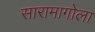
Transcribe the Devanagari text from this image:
सारामागोला